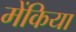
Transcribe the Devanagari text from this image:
मेंकिया